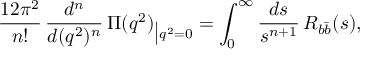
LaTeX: \frac { 1 2 \pi ^ { 2 } } { n ! } \, \frac { d ^ { n } } { d ( q ^ { 2 } ) ^ { n } } \, \Pi ( q ^ { 2 } ) _ { \big | q ^ { 2 } = 0 } = \int _ { 0 } ^ { \infty } \frac { d s } { s ^ { n + 1 } } \, R _ { b \bar { b } } ( s ) ,